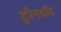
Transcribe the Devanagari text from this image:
टुरैनडॉट